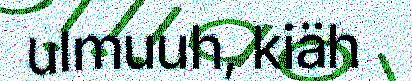
ulmuuh, kiäh